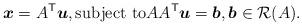
LaTeX: \begin{align*}\boldsymbol{x} = A^\mathsf{T} \boldsymbol{u}, \mbox{subject to} A A^\mathsf{T} \boldsymbol{u} = \boldsymbol{b}, \boldsymbol{b} \in \mathcal{R}(A).\end{align*}